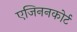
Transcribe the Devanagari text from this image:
एजिननकोर्ट